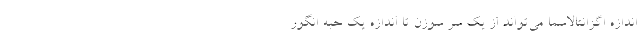
اندازه اگزانتالاسما می‌تواند از یک سر سوزن تا اندازه یک حبه انگور